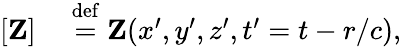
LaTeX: \begin{array}{rl}{[\mathbf Z]}&{{}\stackrel{\operatorname{def}}{=}{\mathbf Z}(x^{\prime},y^{\prime},z^{\prime},t^{\prime}=t-r/c),}\end{array}